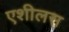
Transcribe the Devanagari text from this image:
एशीलस